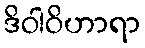
ဒိဝါဝိဟာရာ